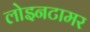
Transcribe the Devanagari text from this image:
लोइनटामर